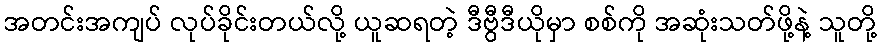
အတင်းအကျပ် လုပ်ခိုင်းတယ်လို့ ယူဆရတဲ့ ဒီဗွီဒီယိုမှာ စစ်ကို အဆုံးသတ်ဖို့နဲ့ သူတို့